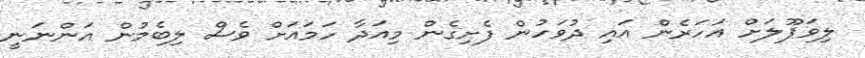
ލިވަޕޫލަށް އަހަރެން އައި ދުވަހުން ފެށިގެން މިއަދާ ހަމައަށް ވެސް ލިބެމުން އަންނަނީ